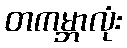
တကမ္ဘာလုံး